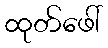
ထုတ်ဖေါ်